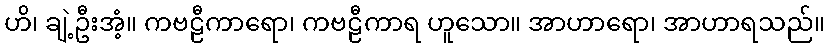
ဟိ၊ ချဲ့ဦးအံ့။ ကဗဠီကာရော၊ ကဗဠီကာရ ဟူသော။ အာဟာရော၊ အာဟာရသည်။